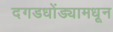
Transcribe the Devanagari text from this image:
दगडधोंड्यामधून